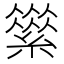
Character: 𦅪